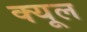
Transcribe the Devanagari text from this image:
क्यूल